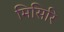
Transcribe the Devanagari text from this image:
मिसिरि